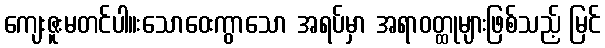
ကျေးဇူးမတင်ပါ။းသောဝေးကွာသော အရပ်မှာ အရာဝတ္ထုများဖြစ်သည့် မြင်